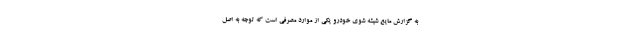
به گزارش مایع شیشه شوی خودرو یکی از موارد مصرفی است که توجه به اصل